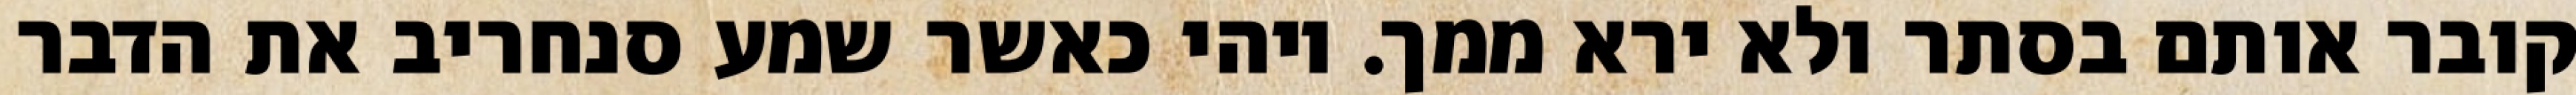
קובר אותם בסתר ולא ירא ממך. ויהי כאשר שמע סנחריב את הדבר